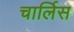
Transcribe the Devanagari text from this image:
चार्लिस